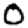
Digit: 0